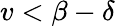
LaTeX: v<\beta-\delta